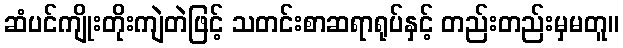
ဆံပင်ကျိုးတိုးကျဲတဲဖြင့် သတင်းစာဆရာရုပ်နှင့် တည်းတည်းမှမတူ။